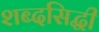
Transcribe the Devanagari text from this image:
शब्दसिद्धी